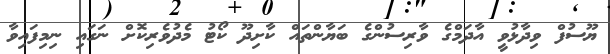
ޔޫސުފް ވިދާޅުވީ އާދަމްގެ ވާރިސުންގެ ބަޔާންތައް ކާށިދޫ ކޯޓު މެދުވެރިކޮށް ނަގައި ނިމިފައިވާ